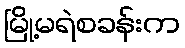
မြို့မရဲစခန်းက